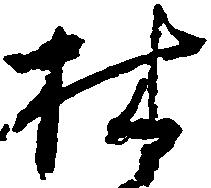
林